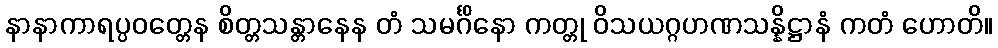
နာနာကာရပ္ပဝတ္တေန စိတ္တသန္တာနေန တံ သမင်္ဂိနော ကတ္တု ဝိသယဂ္ဂဟဏသန္နိဋ္ဌာနံ ကတံ ဟောတိ။